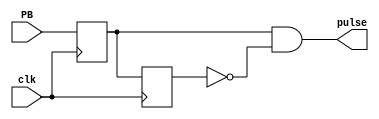
`timescale 1ns / 1ps

module PB_Pulse_Generator(
    input clk,
    input PB,
    output pulse
    );
    
    reg PB_reg1, PB_reg2;
    
    always @(posedge clk) begin
        PB_reg1 <= PB;
        PB_reg2 <= PB_reg1;
        
    end
    
    assign pulse = PB_reg1 && ~PB_reg2;
endmodule